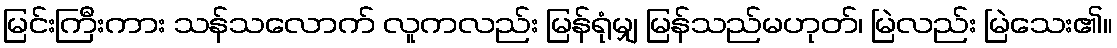
မြင်းကြီးကား သန်သလောက် လူကလည်း မြန်ရုံမျှ မြန်သည်မဟုတ်၊ မြဲလည်း မြဲသေး၏။